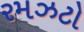
રમઝટો